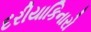
દરીયાકિનારો